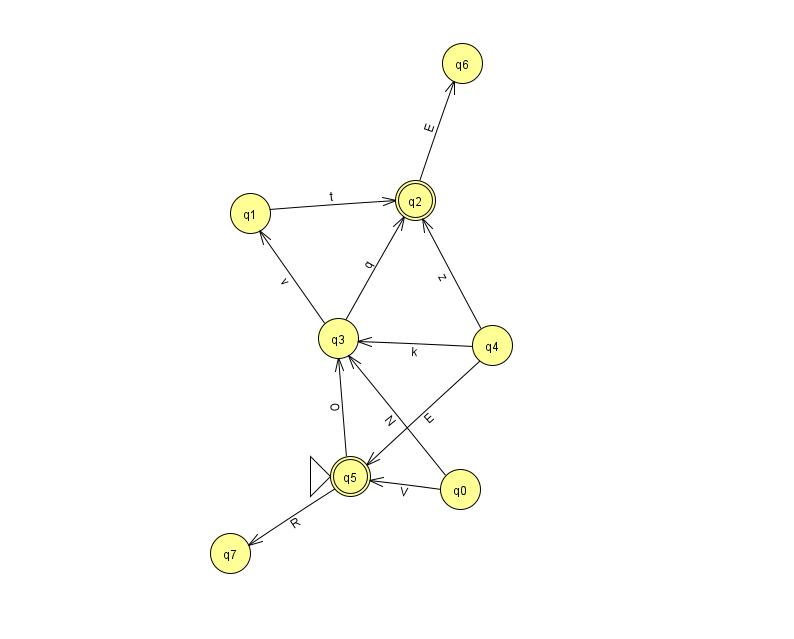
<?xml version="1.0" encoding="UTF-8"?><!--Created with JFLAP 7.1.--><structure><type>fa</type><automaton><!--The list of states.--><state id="0" name="q0"><x>460.0</x><y>476.0</y></state><state id="1" name="q1"><x>250.0</x><y>200.0</y></state><state id="2" name="q2"><x>415.0</x><y>187.0</y><final/></state><state id="3" name="q3"><x>338.0</x><y>325.0</y></state><state id="4" name="q4"><x>492.0</x><y>332.0</y></state><state id="5" name="q5"><x>350.0</x><y>463.0</y><initial/><final/></state><state id="6" name="q6"><x>462.0</x><y>50.0</y></state><state id="7" name="q7"><x>230.0</x><y>540.0</y></state><!--The list of transitions.--><transition><from>1</from><to>2</to><read>t</read></transition><transition><from>0</from><to>3</to><read>N</read></transition><transition><from>5</from><to>7</to><read>R</read></transition><transition><from>4</from><to>2</to><read>z</read></transition><transition><from>4</from><to>5</to><read>E</read></transition><transition><from>5</from><to>3</to><read>O</read></transition><transition><from>2</from><to>6</to><read>E</read></transition><transition><from>3</from><to>1</to><read>v</read></transition><transition><from>3</from><to>2</to><read>q</read></transition><transition><from>0</from><to>5</to><read>V</read></transition><transition><from>4</from><to>3</to><read>k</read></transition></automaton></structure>